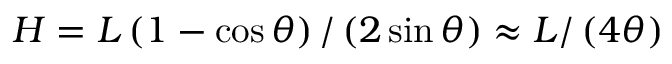
H = L \left( 1 - \cos \theta \right) / \left( 2 \sin \theta \right) \approx L / \left( 4 \theta \right)